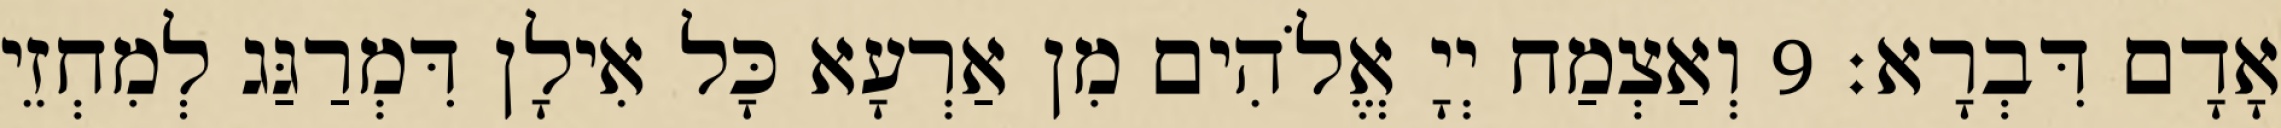
אָדָם דִּבְרָא׃ 9 וְאַצְמַח יְיָ אֱלֹהִים מִן אַרְעָא כָּל אִילָן דִּמְרַגַּג לְמִחְזֵי